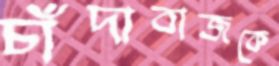
চাঁদাবাজকে